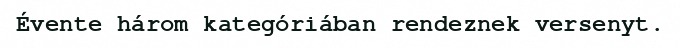
Évente három kategóriában rendeznek versenyt.